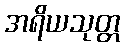
အရိယသုတ္တ